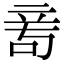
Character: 𥩭